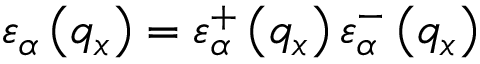
{ { \varepsilon } _ { \alpha } } \left( { { q } _ { x } } \right) = \varepsilon _ { \alpha } ^ { + } \left( { { q } _ { x } } \right) \varepsilon _ { \alpha } ^ { - } \left( { { q } _ { x } } \right)